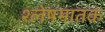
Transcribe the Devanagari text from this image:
श्लेषमातक